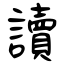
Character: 讀